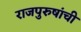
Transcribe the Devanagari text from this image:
राजपुरुषांची